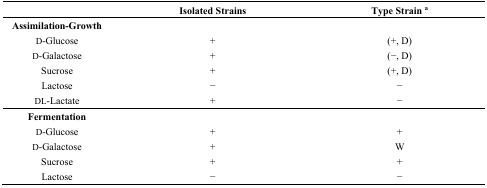
|  | Isolated Strains | Type Strain a |
 | --- | --- | --- |
 | Assimilation-Growth |  |  |
 | d-Glucose | + | (+, D) |
 | d-Galactose | + | (−, D) |
 | Sucrose | + | (+, D) |
 | Lactose | − | − |
 | dl-Lactate | + | − |
 | Fermentation |  |  |
 | d-Glucose | + | + |
 | d-Galactose | + | W |
 | Sucrose | + | + |
 | Lactose | − | − |